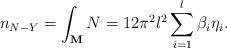
LaTeX: \begin{align*}n_{N-Y}=\int_{{\bf M}}N=12\pi ^2l^2\sum\limits_{i=1}^l\beta _i\eta _i.\end{align*}